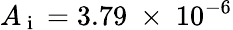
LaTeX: A_{\mathrm{~i~}}=3.79~\times~10^{-6}